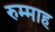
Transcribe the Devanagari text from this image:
रुम्माह